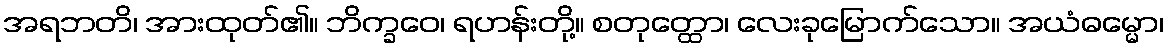
အရဘတိ၊ အားထုတ်၏။ ဘိက္ခဝေ၊ ရဟန်းတို့။ စတုတ္ထော၊ လေးခုမြောက်သော။ အယံဓမ္မော၊